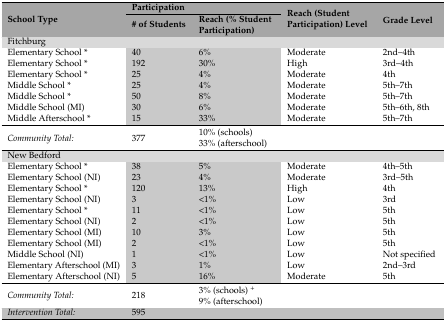
<table><thead><tr><td rowspan="2"><b>School Type</b></td><td colspan="2"><b>Participation</b></td><td rowspan="2"><b>Reach (Student Participation) Level</b></td><td rowspan="2"><b>Grade Level</b></td></tr><tr><td><b># of Students</b></td><td><b>Reach (% Student Participation)</b></td></tr></thead><tbody><tr><td colspan="5">Fitchburg</td></tr><tr><td>Elementary School *</td><td>40</td><td>6%</td><td>Moderate</td><td>2nd–4th</td></tr><tr><td>Elementary School *</td><td>192</td><td>30%</td><td>High</td><td>3rd–4th</td></tr><tr><td>Elementary School *</td><td>25</td><td>4%</td><td>Moderate</td><td>4th</td></tr><tr><td>Middle School *</td><td>25</td><td>4%</td><td>Moderate</td><td>5th–7th</td></tr><tr><td>Middle School *</td><td>50</td><td>8%</td><td>Moderate</td><td>5th–7th</td></tr><tr><td>Middle School (MI)</td><td>30</td><td>6%</td><td>Moderate</td><td>5th–6th, 8th</td></tr><tr><td>Middle Afterschool *</td><td>15</td><td>33%</td><td>Moderate</td><td>5th–7th</td></tr><tr><td><i>Community Total:</i></td><td>377</td><td>10% (schools) 33% (afterschool)</td><td></td><td></td></tr><tr><td colspan="5">New Bedford</td></tr><tr><td>Elementary School *</td><td>38</td><td>5%</td><td>Moderate</td><td>4th–5th</td></tr><tr><td>Elementary School (NI)</td><td>23</td><td>4%</td><td>Moderate</td><td>3rd–5th</td></tr><tr><td>Elementary School *</td><td>120</td><td>13%</td><td>High</td><td>4th</td></tr><tr><td>Elementary School (NI)</td><td>3</td><td>&lt;1%</td><td>Low</td><td>3rd</td></tr><tr><td>Elementary School *</td><td>11</td><td>&lt;1%</td><td>Low</td><td>5th</td></tr><tr><td>Elementary School (NI)</td><td>2</td><td>&lt;1%</td><td>Low</td><td>5th</td></tr><tr><td>Elementary School (MI)</td><td>10</td><td>3%</td><td>Low</td><td>5th</td></tr><tr><td>Elementary School (MI)</td><td>2</td><td>&lt;1%</td><td>Low</td><td>5th</td></tr><tr><td>Middle School (NI)</td><td>1</td><td>&lt;1%</td><td>Low</td><td>Not specified</td></tr><tr><td>Elementary Afterschool (MI)</td><td>3</td><td>1%</td><td>Low</td><td>2nd–3rd</td></tr><tr><td>Elementary Afterschool (NI)</td><td>5</td><td>16%</td><td>Moderate</td><td>5th</td></tr><tr><td><i>Community Total:</i></td><td>218</td><td>3% (schools) <sup>+</sup>9% (afterschool)</td><td></td><td></td></tr><tr><td><i>Intervention Total:</i></td><td>595</td><td></td><td></td><td></td></tr></tbody></table>